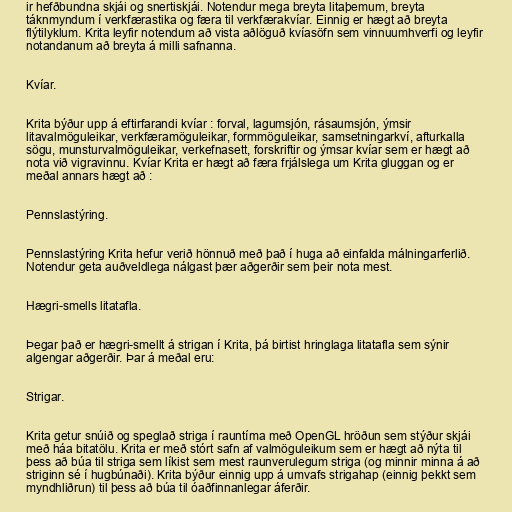
ir hefðbundna skjái og snertiskjái. Notendur mega breyta litaþemum, breyta
táknmyndum í verkfærastika og færa til verkfærakvíar. Einnig er hægt að breyta
flýtilyklum. Krita leyfir notendum að vista aðlöguð kvíasöfn sem vinnuumhverfi og leyfir
notandanum að breyta á milli safnanna.

Kvíar.

Krita býður upp á eftirfarandi kvíar : forval, lagumsjón, rásaumsjón, ýmsir
litavalmöguleikar, verkfæramöguleikar, formmöguleikar, samsetningarkví, afturkalla
sögu, munsturvalmöguleikar, verkefnasett, forskriftir og ýmsar kvíar sem er hægt að
nota við vigravinnu. Kvíar Krita er hægt að færa frjálslega um Krita gluggan og er
meðal annars hægt að :

Pennslastýring.

Pennslastýring Krita hefur verið hönnuð með það í huga að einfalda málningarferlið.
Notendur geta auðveldlega nálgast þær aðgerðir sem þeir nota mest.

Hægri-smells litatafla.

Þegar það er hægri-smellt á strigan í Krita, þá birtist hringlaga litatafla sem sýnir
algengar aðgerðir. Þar á meðal eru:

Strigar.

Krita getur snúið og speglað striga í rauntíma með OpenGL hröðun sem stýður skjái
með háa bitatölu. Krita er með stórt safn af valmöguleikum sem er hægt að nýta til
þess að búa til striga sem líkist sem mest raunverulegum striga (og minnir minna á að
striginn sé í hugbúnaði). Krita býður einnig upp á umvafs strigahap (einnig þekkt sem
myndhliðrun) til þess að búa til óaðfinnanlegar áferðir.